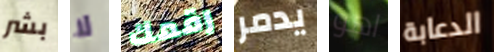
بشر لا رقمك يدمر اهو الدعابة